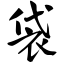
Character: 袋